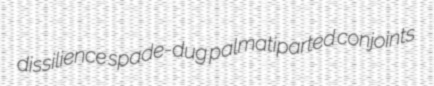
dissilience spade-dug palmatiparted conjoints